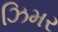
ઝિમર